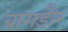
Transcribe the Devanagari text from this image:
बागडौर